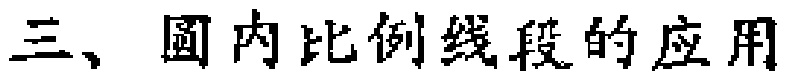
三、圆内比例线段的应用